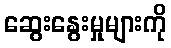
ဆွေးနွေးမှုများကို